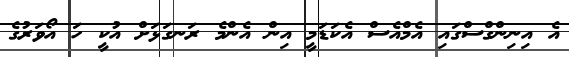
އެ އިނިންގްސްގައި އެމްއެސް އެކަޑަމީ އިން އެންމެ ރަނގަޅަށް އުކީ ހަ އޯވަރުގެ